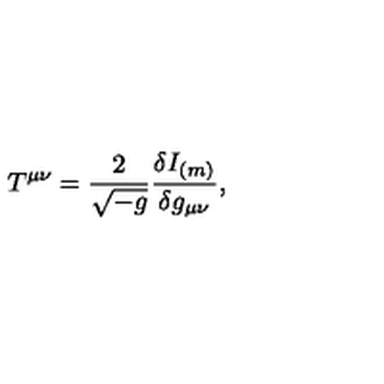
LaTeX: T ^ { \mu \nu } = { \frac { 2 } { \sqrt { - g } } } { \frac { \delta I _ { ( m ) } } { \delta g _ { \mu \nu } } } ,